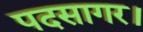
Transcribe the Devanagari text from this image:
पदसागर।